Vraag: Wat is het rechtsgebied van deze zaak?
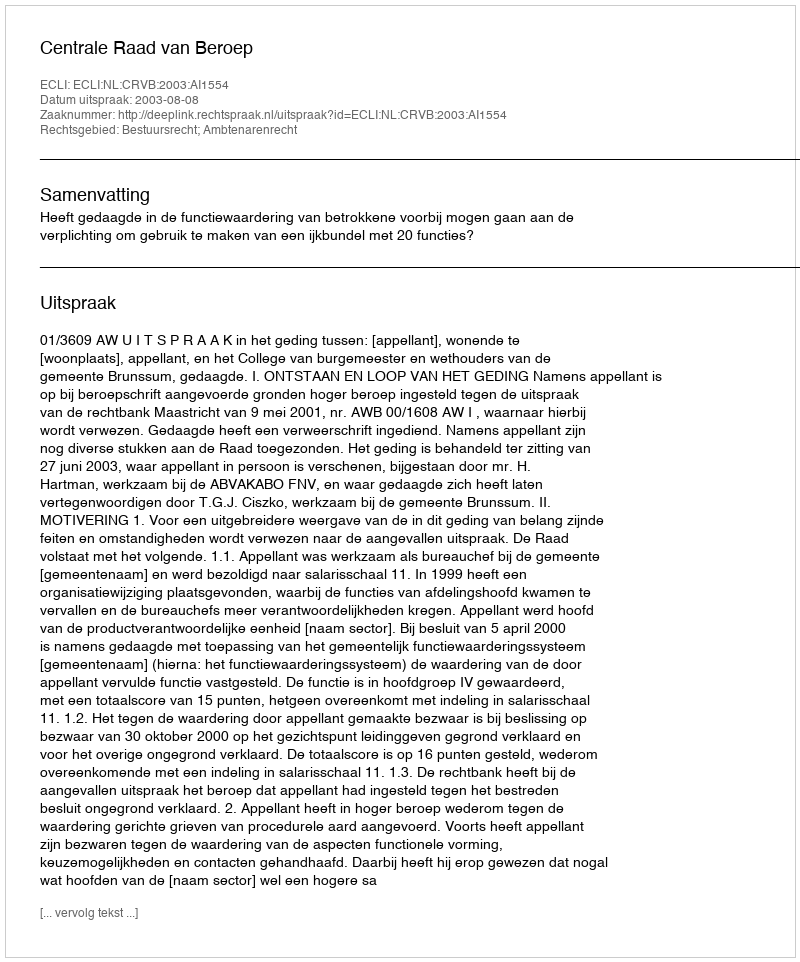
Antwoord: Bestuursrecht; Ambtenarenrecht